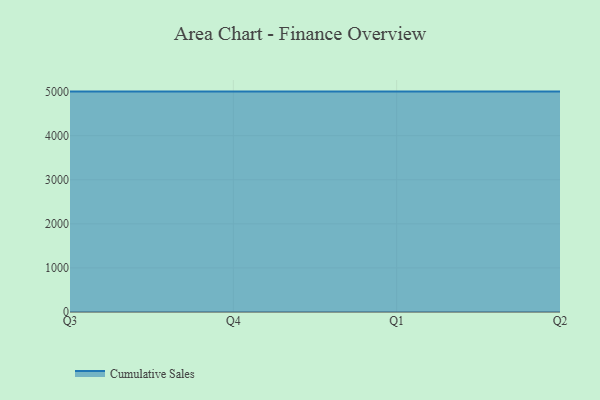
{"axis": {"x": "Quarter", "y": "Latency (ms)"}, "legend": ["Cumulative Sales"], "data": [{"x": "Q3", "y": 5000, "type": "Cumulative Sales"}, {"x": "Q4", "y": 5000, "type": "Cumulative Sales"}, {"x": "Q1", "y": 5000, "type": "Cumulative Sales"}, {"x": "Q2", "y": 5000, "type": "Cumulative Sales"}]}